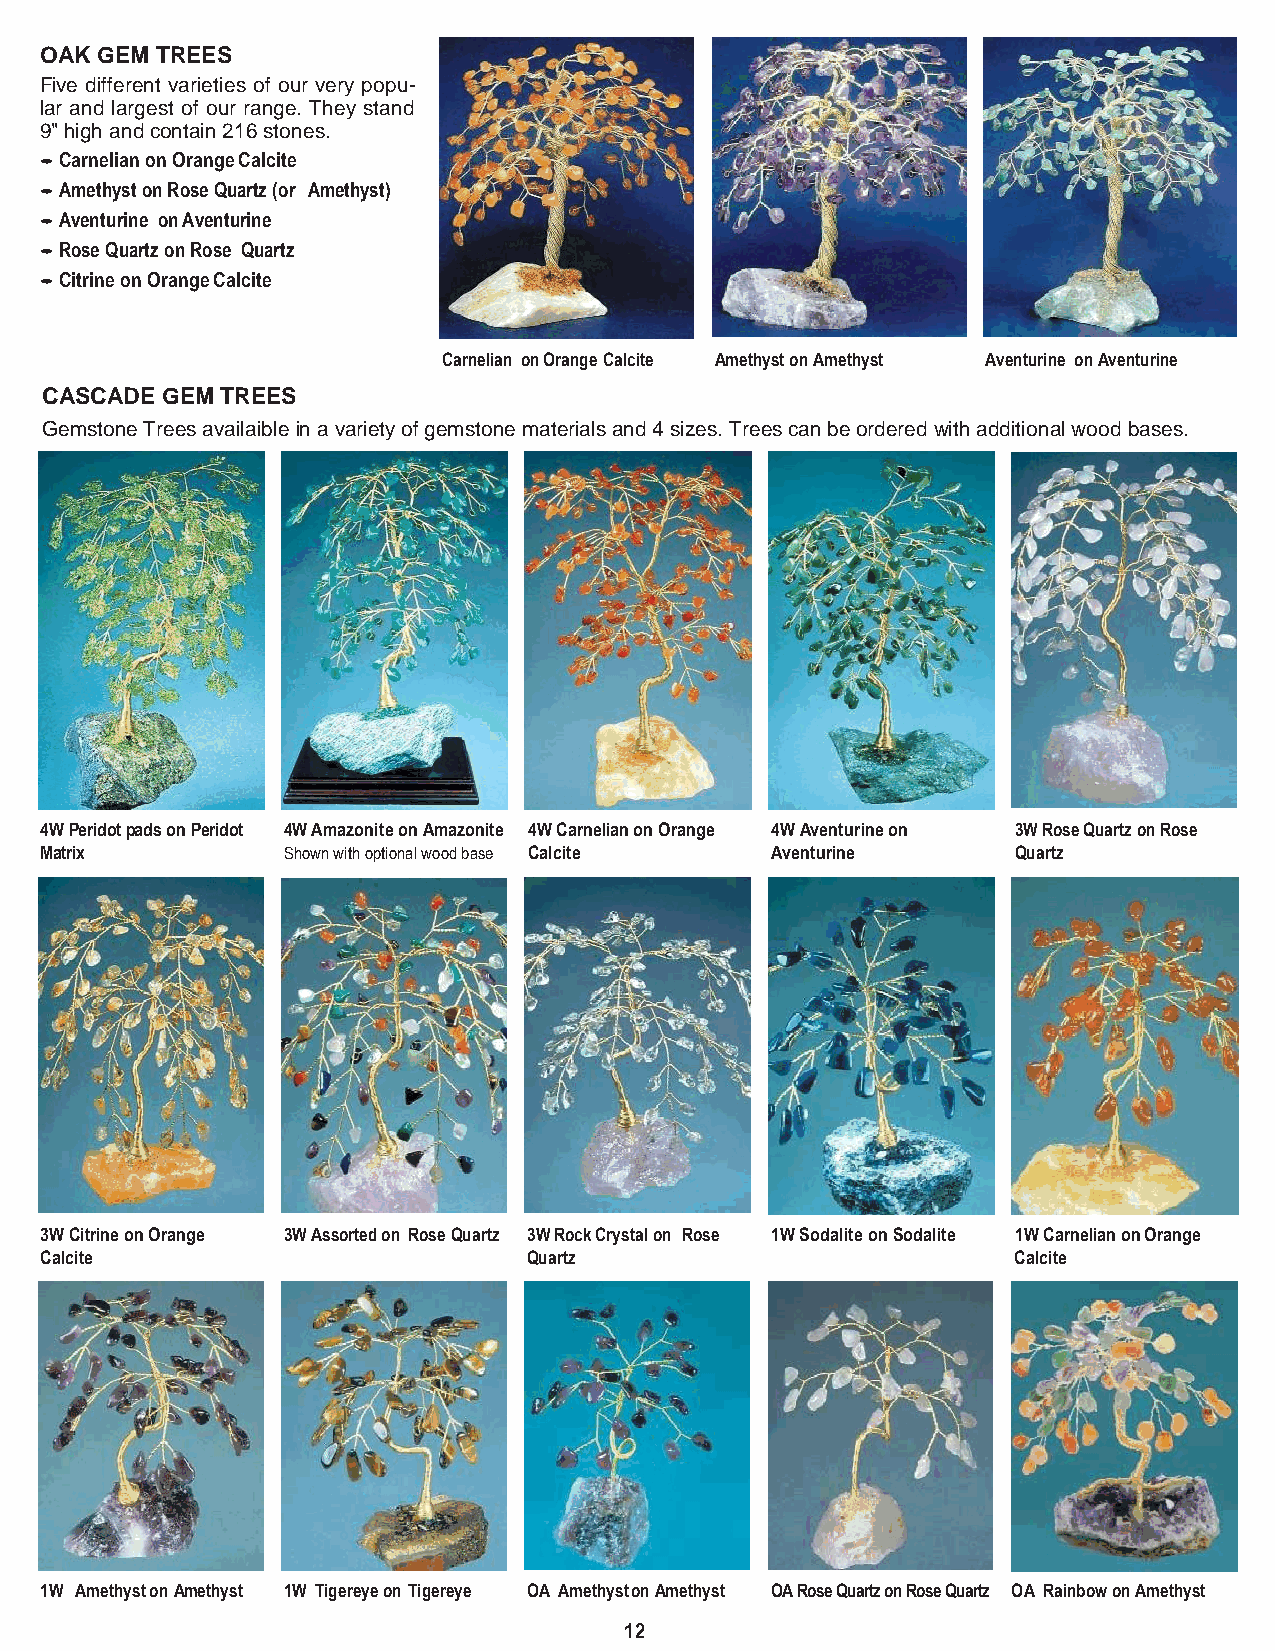
OAK GEM TREES
 Five different varieties of our very popu-
 lar and largest of our range. They stand
 9" high and contain 216 stones.
 • Carnelian on Orange Calcite
 • Amethyst on Rose Quartz (or Amethyst)
 • Aventurine on Aventurine
 • Rose Quartz on Rose Quartz
 • Citrine on Orange Calcite
 Carnelian on Orange Calcite Amethyst on Amethyst Aventurine on Aventurine
 CASCADE GEM TREES
 Gemstone Trees availaible in a variety of gemstone materials and 4 sizes. Trees can be ordered with additional wood bases.
 4W Peridot pads on Peridot 4W Amazonite on Amazonite 4W Carnelian on Orange 4W Aventurine on 3W Rose Quartz on Rose
 Matrix          Shown with optional wood base Calcite Aventurine Quartz
 3W Citrine on Orange 3W Assorted on Rose Quartz 3W Rock Crystal on Rose 1W Sodalite on Sodalite 1W Carnelian on Orange
 Calcite                         Quartz                          Calcite
 1W Amethyst on Amethyst 1W Tigereye on Tigereye OA Amethyst on Amethyst OA Rose Quartz on Rose Quartz OA Rainbow on Amethyst
 12